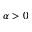
\alpha > 0